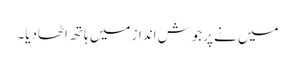
میں نے پرجوش انداز میں ہاتھ اٹھادیا۔